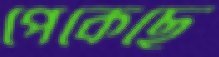
পেকেছে